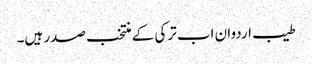
طیب اردوان اب ترکی کے منتخب صدر ہیں۔